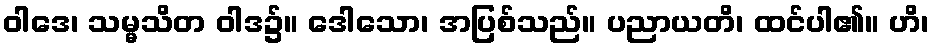
ဝါဒေ၊ သမ္မသိတ ဝါဒ၌။ ဒေါသော၊ အပြစ်သည်။ ပညာယတိ၊ ထင်ပါ၏။ ဟိ၊